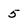
Character: 5